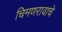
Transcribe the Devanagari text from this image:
चिमणरावाचे